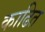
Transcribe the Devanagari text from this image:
काढित